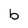
Character: b